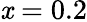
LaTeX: \mathit{x}=0.2